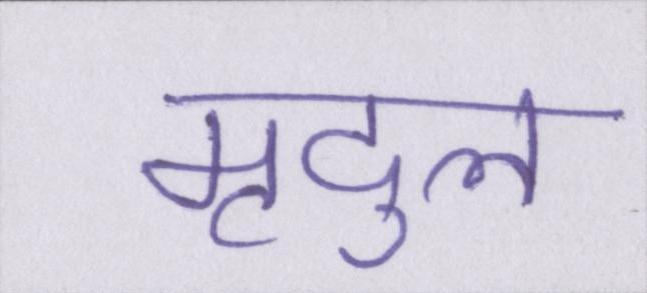
मृदुल